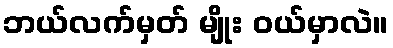
ဘယ်လက်မှတ် မျိုး ဝယ်မှာလဲ။